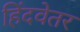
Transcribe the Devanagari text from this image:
हिंदवेतर